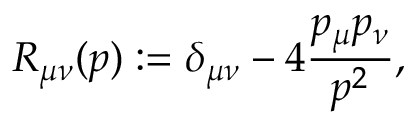
R _ { \mu \nu } ( p ) : = \delta _ { \mu \nu } - 4 { \frac { p _ { \mu } p _ { \nu } } { p ^ { 2 } } } ,